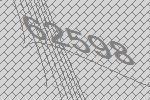
62598